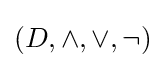
(D,\land ,\lor ,\lnot )